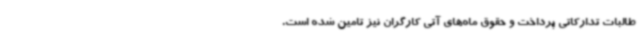
طالبات تدارکاتی پرداخت و حقوق ماه‌های آتی کارگران نیز تامین شده است.